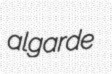
algarde